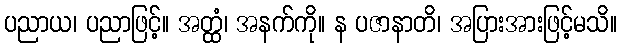
ပညာယ၊ ပညာဖြင့်။ အတ္ထံ၊ အနက်ကို။ န ပဇာနာတိ၊ အပြားအားဖြင့်မသိ။